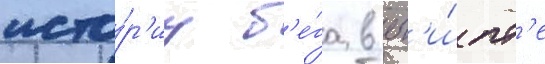
исто́р'иу б'е́га в ег'и́пт'е